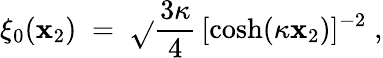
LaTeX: \xi_{0}(\mathbf{x}_{2})\; =\; \sqrt{}{{\frac{{3\kappa}}{{4}}}}\, [\cosh(\kappa\mathbf{x}_{2})]^{-2}\; ,